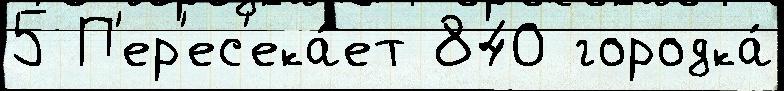
5 П'ер'ес'ека́ет 840 городка́